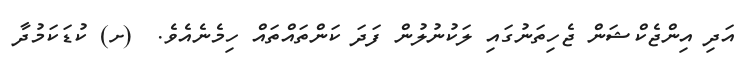
އަދި އިންޖެކްޝަން ޖެހިތަނުގައި ލަކުނުލުން ފަދަ ކަންތައްތައް ހިމެނެއެވެ.  (ށ) ކުޑަކަމުދާ